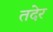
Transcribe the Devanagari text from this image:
तदेर